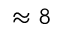
\approx 8